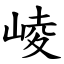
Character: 崚